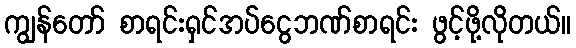
ကျွန်တော် စာရင်းရှင်အပ်ငွေဘဏ်စာရင်း ဖွင့်ဖို့လိုတယ်။